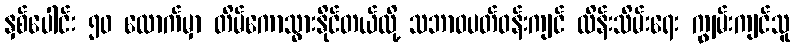
နှစ်ပေါင်း ၅၀ လောက်မှာ တိမ်ကောသွားနိုင်တယ်လို့ သဘာဝပတ်ဝန်းကျင် ထိန်းသိမ်းရေး ကျွမ်းကျင်သူ